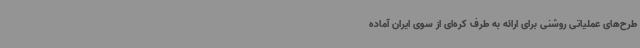
طرح‌های عملیاتی روشنی برای ارائه به طرف کره‌ای از سوی ایران آماده